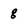
Character: g